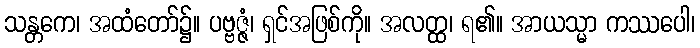
သန္တကေ၊ အထံတော်၌။ ပဗ္ဗဇ္ဇံ၊ ရှင်အဖြစ်ကို။ အလတ္ထ၊ ရ၏။ အာယသ္မာ ကဿပေါ၊